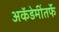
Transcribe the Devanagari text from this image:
अकॅडेमींतर्फे